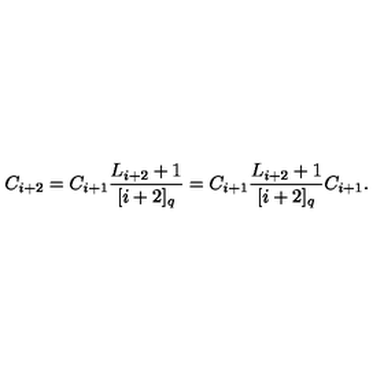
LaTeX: C _ { i + 2 } = C _ { i + 1 } \frac { L _ { i + 2 } + 1 } { [ i + 2 ] _ { q } } = C _ { i + 1 } \frac { L _ { i + 2 } + 1 } { [ i + 2 ] _ { q } } C _ { i + 1 } .